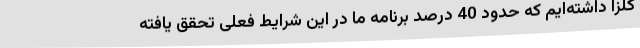
کلزا داشته‌ایم که حدود 40 درصد برنامه ما در این شرایط فعلی تحقق یافته